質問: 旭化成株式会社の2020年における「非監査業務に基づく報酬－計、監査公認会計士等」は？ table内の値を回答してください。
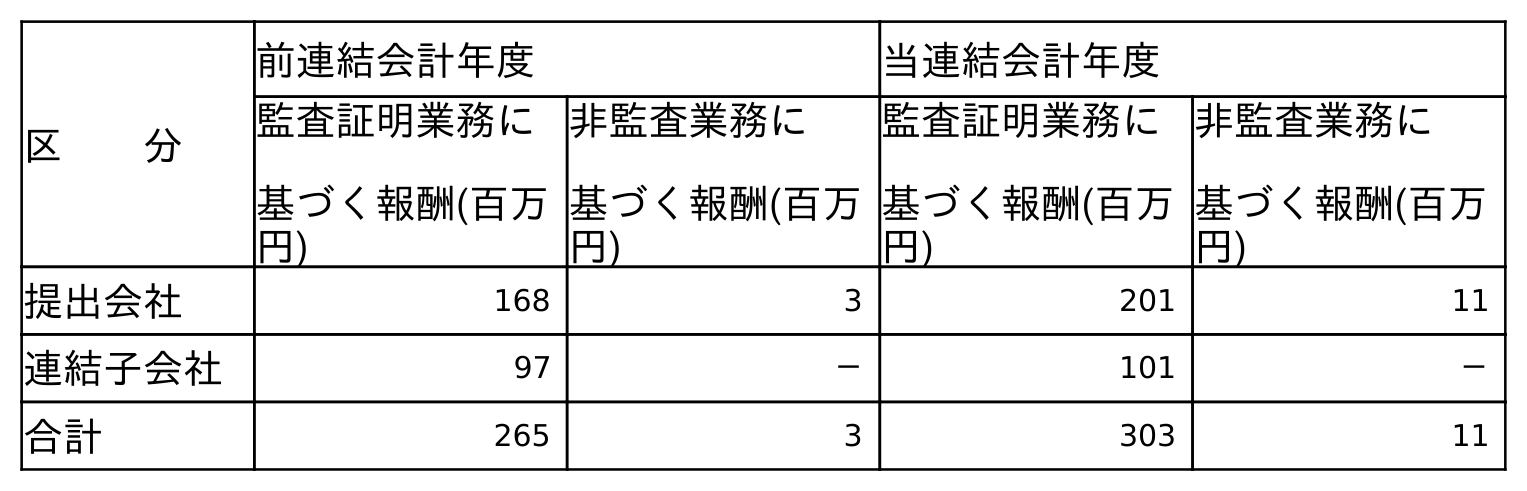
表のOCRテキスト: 区  分 前連結会計年度 当連結会計年度 監査証明業務に 基づく報酬(百万 円) 非監査業務に 基づく報酬(百万 円) 監査証明業務に 基づく報酬(百万 円) 非監査業務に 基づく報酬(百万 円) 提出会社 168 3 201 11 連結子会社 97 － 101 － 合計 265 3 303 11
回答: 11